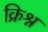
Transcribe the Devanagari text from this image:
क्रिश्न